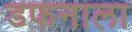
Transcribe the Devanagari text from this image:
डफनाला